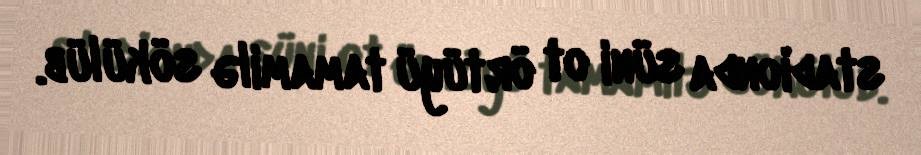
stadionda süni ot örtüyü tamamilə sökülüb.